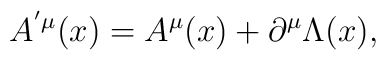
A^{^{\prime}\mu}(x)=A^\mu(x)+\partial ^\mu \Lambda(x),